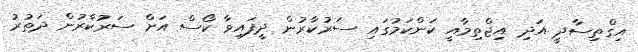
އިގްތިސާދީ އަދި އިޖްތިމާއީ ކަންކަމުގައި ސަރުކާރުން ދީފައިވާ ކޯސް އަށް ސަރުކާރުން ދަތުރު